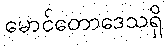
မောင်တောဒေသရှိ